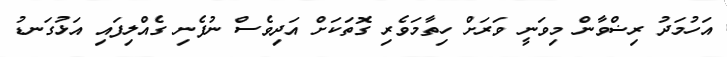
އަހުމަދު ރިޟްވާން މިވަނީ ވަރަށް ހިތާމަވެރި ގޮތަކަށް އަދިވެސް ނުފެނި ގެއްލިފައި އަޅުގަނޑު